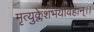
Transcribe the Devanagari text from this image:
मृत्युक्लेशभयावहान्।।